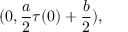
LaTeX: ( 0 , \frac { a } { 2 } \tau ( 0 ) + \frac { b } { 2 } ) ,